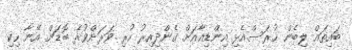
ބައިތައް ލިބެން ހުރަސްއެޅި އިންޑިއާއަށް ގެންދިއިރު ހުރި ވަރަށްވުރެ ބޮޑަށް އޭނާ ހިކި